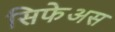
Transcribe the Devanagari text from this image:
सिफेअस